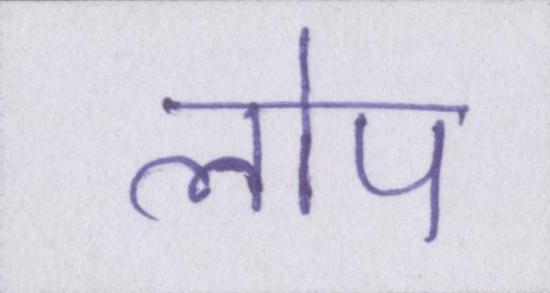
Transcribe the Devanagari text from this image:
लोप